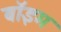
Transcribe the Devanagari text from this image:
बॉइम